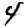
Digit: 4